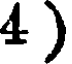
4 )